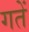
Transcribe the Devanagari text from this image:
गतें